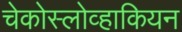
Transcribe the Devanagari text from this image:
चेकोस्लोव्हाकियन